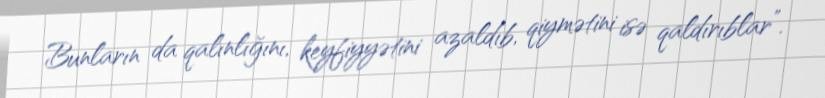
Bunların da qalınlığını, keyfiyyətini azaldıb, qiymətini isə qaldırıblar”.